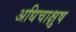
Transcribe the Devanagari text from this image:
अधिचाक्षुष